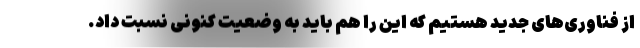
از فناوری‌های جدید هستیم که این را هم باید به وضعیت کنونی نسبت داد.